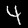
Digit: 4